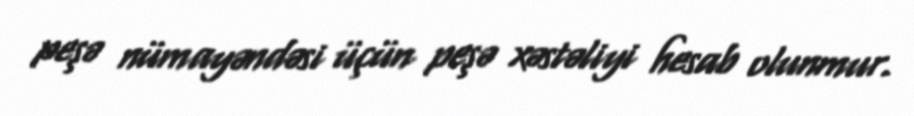
peşə nümayəndəsi üçün peşə xəstəliyi hesab olunmur.